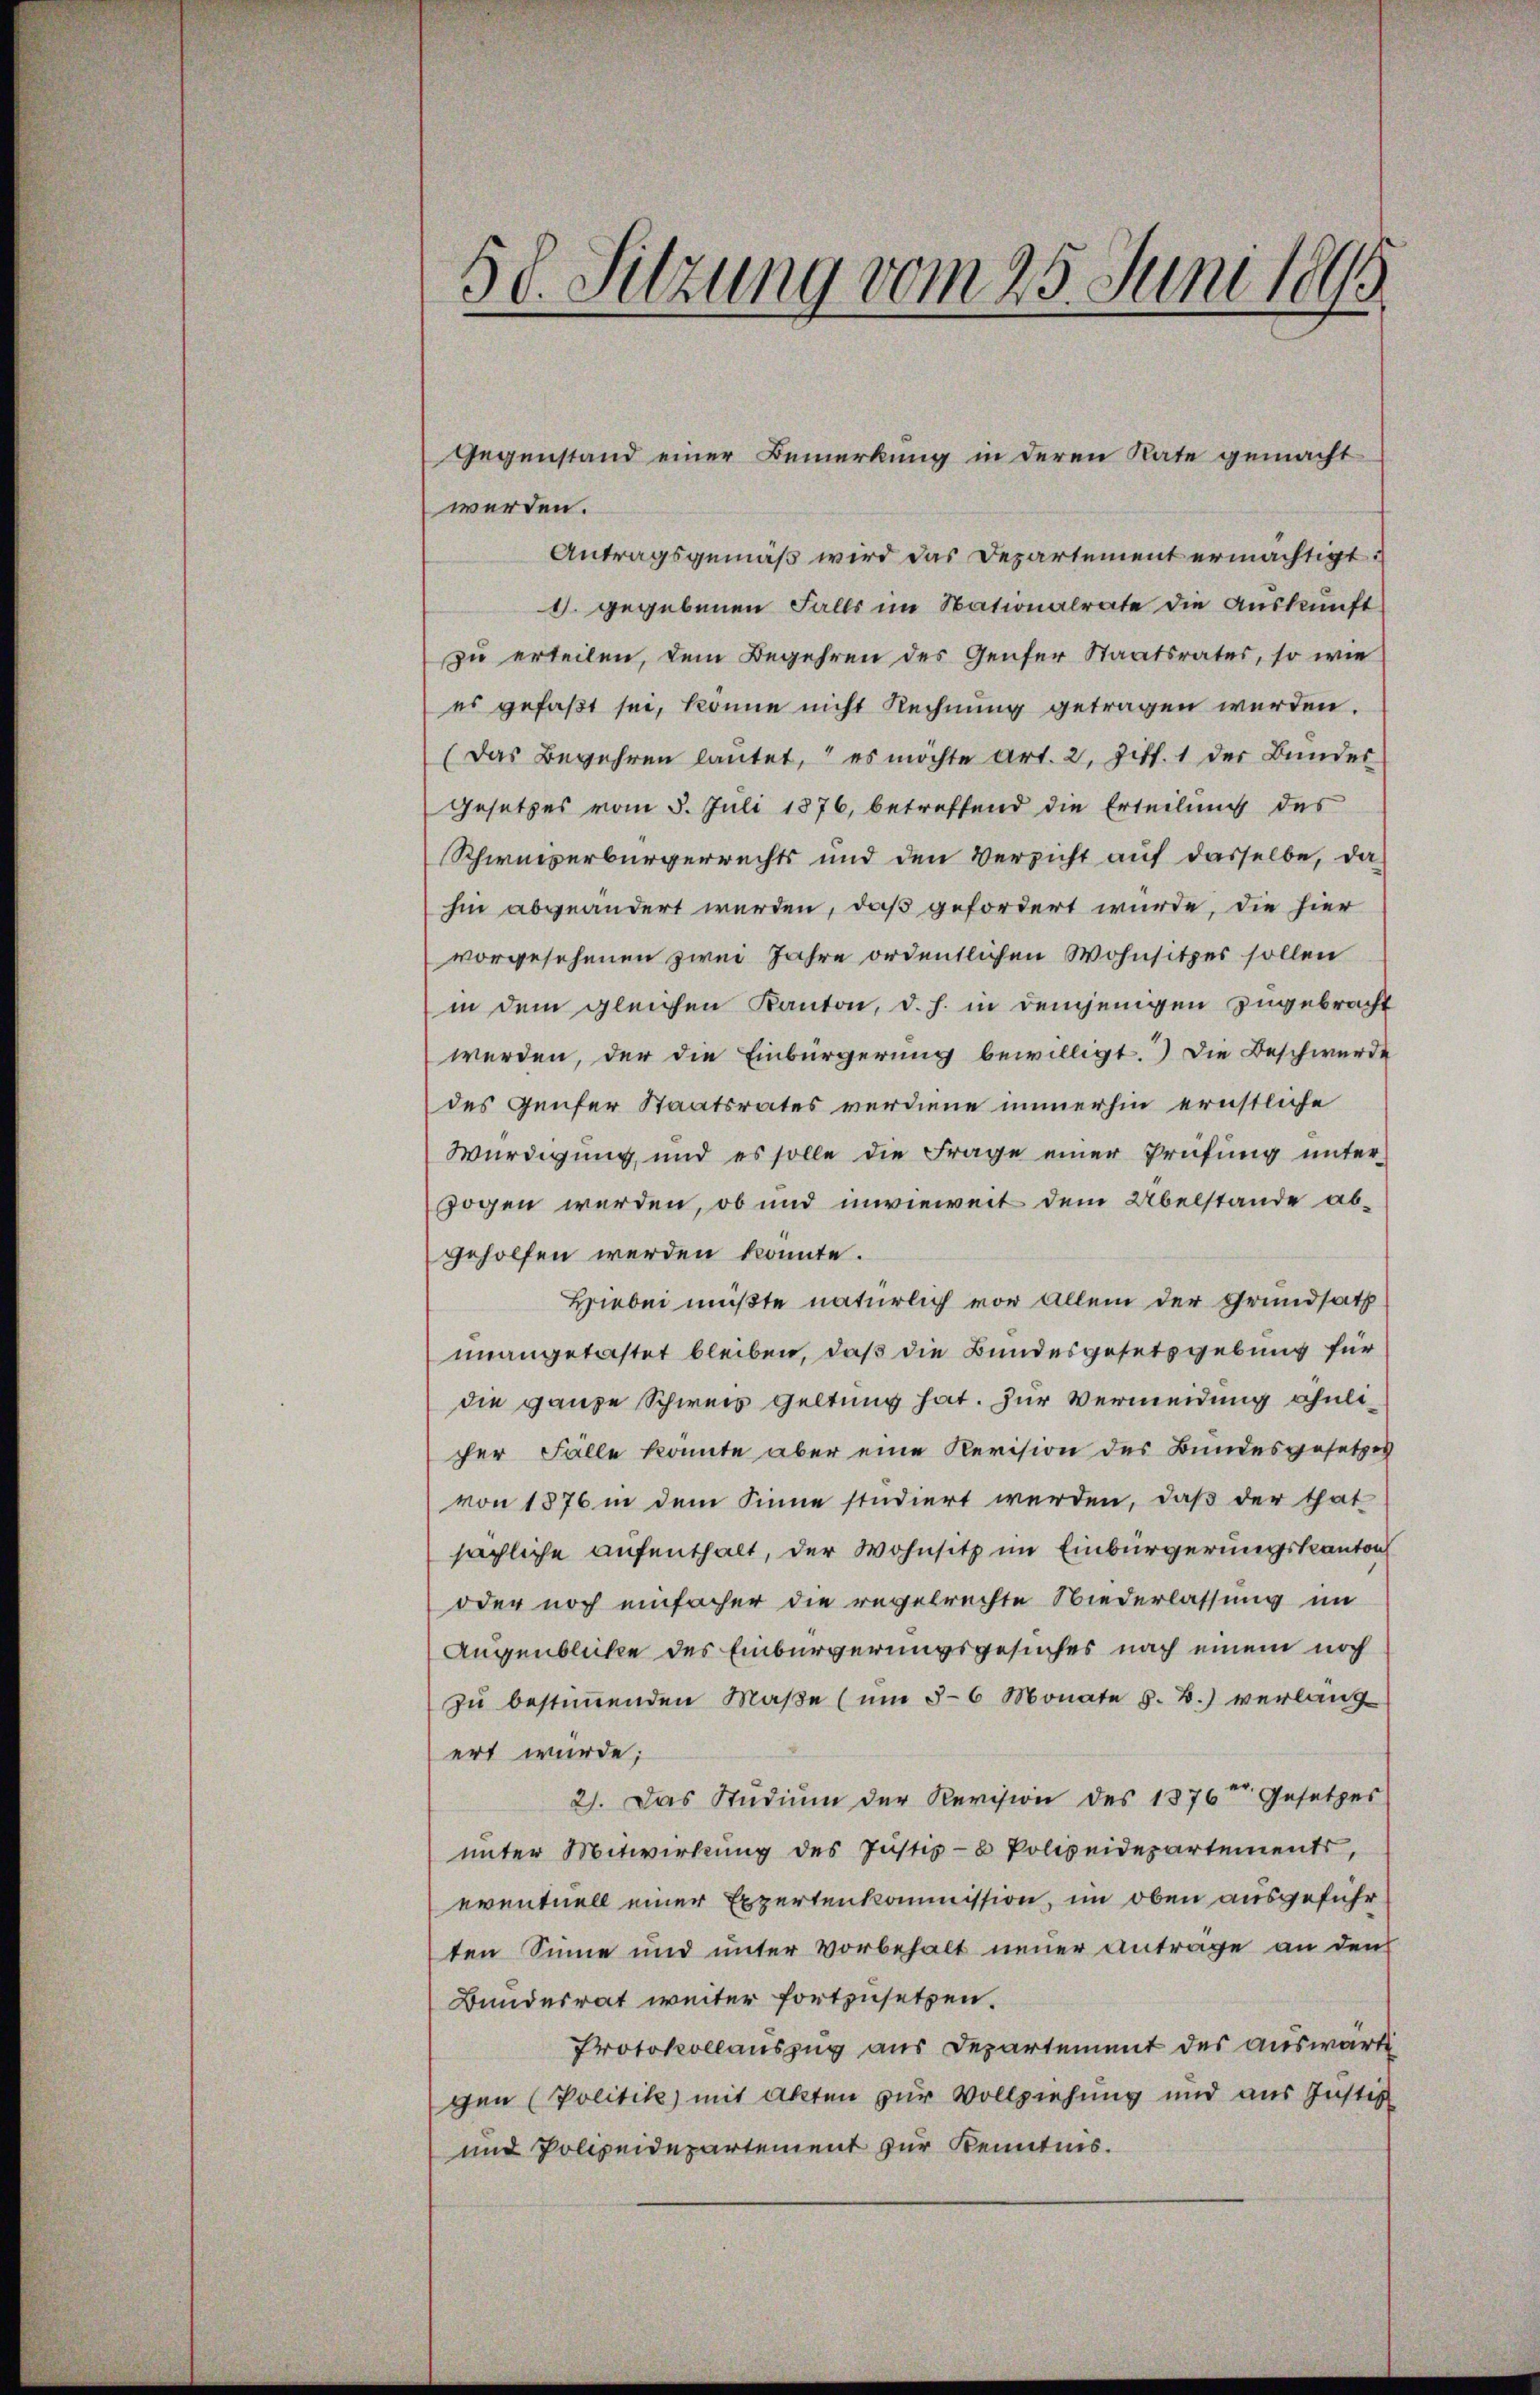
58. Sitzung vom 25. Juni 1895

Gegenstand einer Bemerkung in deren Rate gemacht
werden.
Antragsgemäß wird das Departement ermächtigt.
d. gegebenen Falls im Nationalrate die Auskunft
zu erteilen, dem Begehren des Genfer Staatsrates, so wie
es gefaßt sei, könne nicht Rechnung getragen werden.
(Das Begehren lautet, es möchte Art. 2, Ziff. 1 der Bunder
Gesetzes vom 5. Juli 1876, betreffend die Erteilung des
Schweizerbürgerrechts und den Versicht auf dasselbe, da
hin abgeändert werden, daß gefordert wurde, die hier
vorgesehenen zwei Jahre ordentlichen Wohnsitzes sollen
in dem gleichen Kanton, d. h. in demjenigen zugebracht
werden, der die Einbürgerung bewilligt.) Die Beschwerde
des Genfer Staatsrates verdiene immerhin ernstliche
Würdigung, und es solle die Frage einer Prüfung unterzogen werden, ob und inwieweit dem Übelstande abgeholfen werden könnte.
Hiebei müßte natürlich vor Allem der Grundsatz
unangetastet bleiben, daß die Bundesgesetzgebung für
die ganze Schweis Geltung hat. Zur Vermeidung ähnlicher Fälle konnte aber eine Revision des Bundesgesetzes
von 1876 in dem Sinne studiert werden, daß der that
sächliche aufenthalt, der Wohnsitz im Einbürgerungskanton
oder noch einfacher die regelrechte Niederlassung im
Augenblicke des Einbürgerungsgesuches nach einem noch
zŭ bestiṁenden Maβe (um 5-6 Monate z. B.) verlang
ert wurde;
2). Das Studium der Revision des 1876 Gesetzes
unter Mitwirkung des Justiz- & Polizeidepartements,
eventuell einer Expertenkommission, im oben ausgeführ
ten Sinne und unter vorbehalt neuer Antrage an den
Bundesrat weiter fortzusetzen.
Protokollauszug aus Departement des auswärt
gen Politik mit Akten zur Vollziehung und aus Justiz
und Polizeidepartement zur Kenntnis.